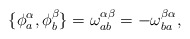
\begin{align*}\{\phi ^\alpha _a,\phi ^\beta _b\}=\omega ^{\alpha \beta}_{ab}=-\omega ^{\beta \alpha}_{ba},\end{align*}